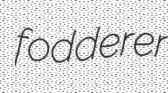
fodderer